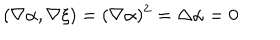
LaTeX: ( \nabla \alpha , \nabla \xi ) = ( \nabla \alpha ) ^ { 2 } = \Delta \alpha = 0